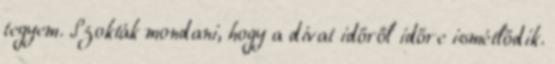
tegyem. Szokták mondani, hogy a divat időről időre ismétlődik.